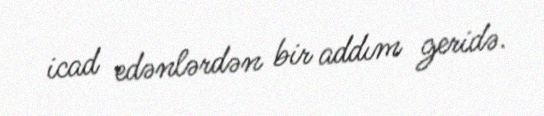
icad edənlərdən bir addım geridə.